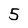
Character: 5